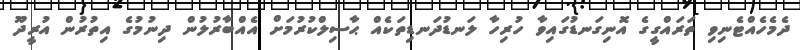
ދެމެހެއްޓެނިވި ތަރައްގީގެ އޮނިގަނޑުގައިވާ ހުރިހާ ލަނޑުދަނޑިތަކެއް ޙާސިލްކުރުމަށް އެއްބާރުލުން ދިނުމުގެ އިތުރުން އުރީދޫ